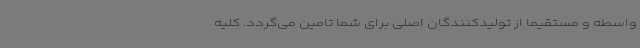
واسطه و مستقیماً از تولیدکنندگان اصلی برای شما تامین می‌گردد. کلیه